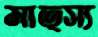
মাত্স্য